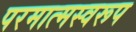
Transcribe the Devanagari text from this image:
परमात्मस्वरूप